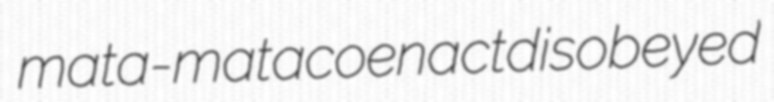
mata-mata coenact disobeyed